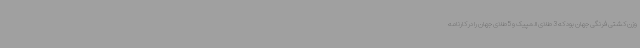
وزن کشتی فرنگی جهان بود که 3 طلای المپیک و 5 طلای جهان را در کارنامه